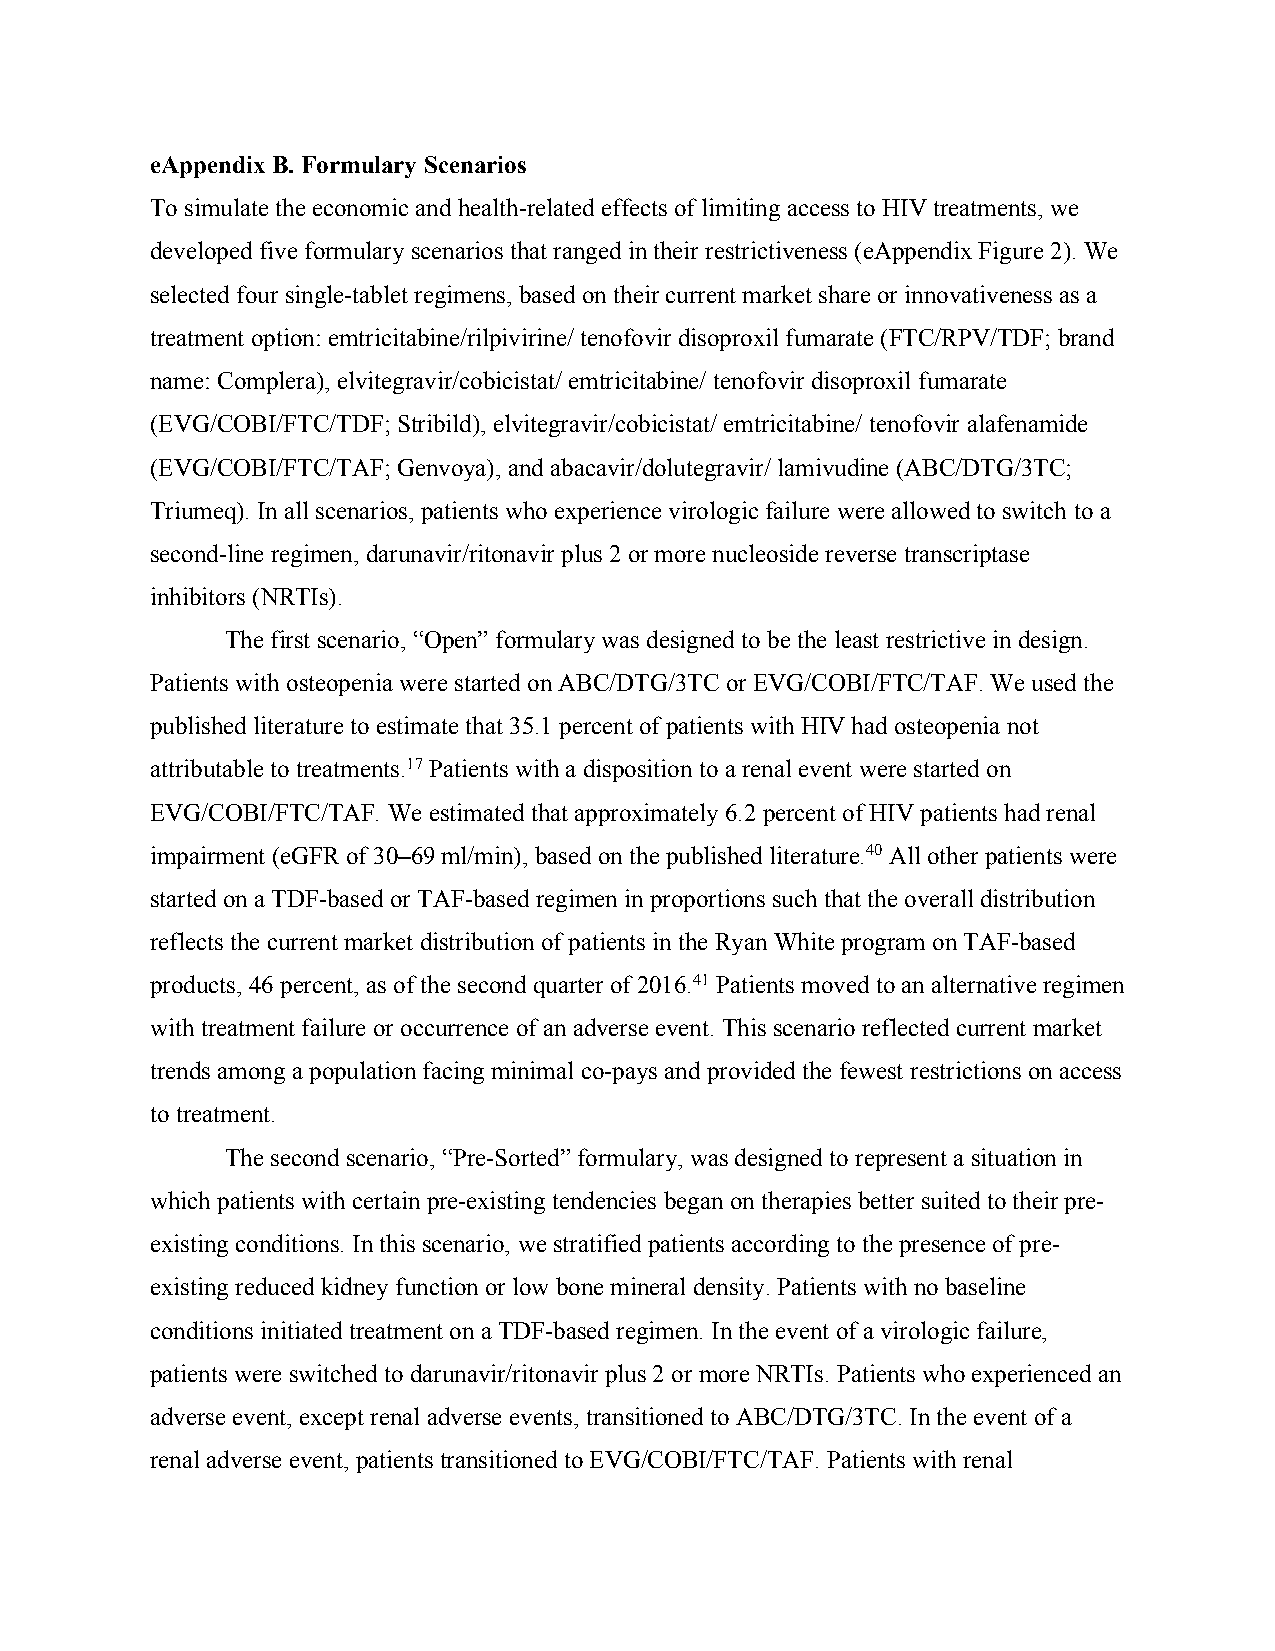
eAppendix B. Formulary Scenarios
 To simulate the economic and health-related effects of limiting access to HIV treatments, we
 developed five formulary scenarios that ranged in their restrictiveness (eAppendix Figure 2). We
 selected four single-tablet regimens, based on their current market share or innovativeness as a
 treatment option: emtricitabine/rilpivirine/ tenofovir disoproxil fumarate (FTC/RPV/TDF; brand
 name: Complera), elvitegravir/cobicistat/ emtricitabine/ tenofovir disoproxil fumarate
 (EVG/COBI/FTC/TDF; Stribild), elvitegravir/cobicistat/ emtricitabine/ tenofovir alafenamide
 (EVG/COBI/FTC/TAF; Genvoya), and abacavir/dolutegravir/ lamivudine (ABC/DTG/3TC;
 Triumeq). In all scenarios, patients who experience virologic failure were allowed to switch to a
 second-line regimen, darunavir/ritonavir plus 2 or more nucleoside reverse transcriptase
 inhibitors (NRTIs).
 The first scenario, “Open” formulary was designed to be the least restrictive in design.
 Patients with osteopenia were started on ABC/DTG/3TC or EVG/COBI/FTC/TAF. We used the
 published literature to estimate that 35.1 percent of patients with HIV had osteopenia not
 attributable to treatments.17 Patients with a disposition to a renal event were started on
 EVG/COBI/FTC/TAF. We estimated that approximately 6.2 percent of HIV patients had renal
 impairment (eGFR of 30–69 ml/min), based on the published literature.40 All other patients were
 started on a TDF-based or TAF-based regimen in proportions such that the overall distribution
 reflects the current market distribution of patients in the Ryan White program on TAF-based
 products, 46 percent, as of the second quarter of 2016.41 Patients moved to an alternative regimen
 with treatment failure or occurrence of an adverse event. This scenario reflected current market
 trends among a population facing minimal co-pays and provided the fewest restrictions on access
 to treatment.
 The second scenario, “Pre-Sorted” formulary, was designed to represent a situation in
 which patients with certain pre-existing tendencies began on therapies better suited to their pre-
 existing conditions. In this scenario, we stratified patients according to the presence of pre-
 existing reduced kidney function or low bone mineral density. Patients with no baseline
 conditions initiated treatment on a TDF-based regimen. In the event of a virologic failure,
 patients were switched to darunavir/ritonavir plus 2 or more NRTIs. Patients who experienced an
 adverse event, except renal adverse events, transitioned to ABC/DTG/3TC. In the event of a
 renal adverse event, patients transitioned to EVG/COBI/FTC/TAF. Patients with renal